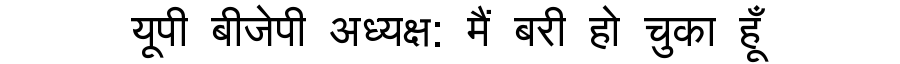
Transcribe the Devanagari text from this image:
यूपी बीजेपी अध्यक्ष: मैं बरी हो चुका हूँ